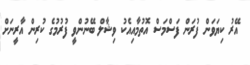
އޭރު ކިޔަވަން ފުރަން ފަސްމަސް އޮތުމާއިއެކު ވިޝާލް ބޭނުންވީ ފުރުމުގެ ކުރިން އާރީނަށް